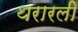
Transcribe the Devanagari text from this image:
थरारली